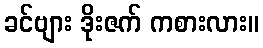
ခင်ဗျား ဒိုးဇက် ကစားလား။